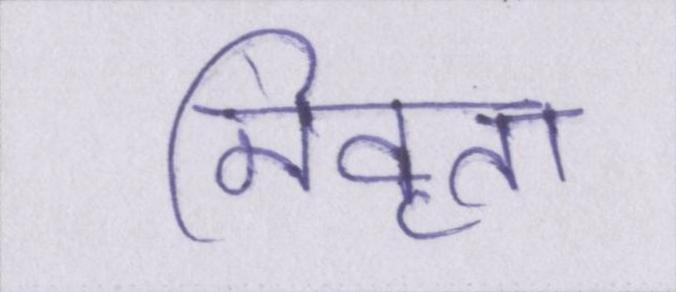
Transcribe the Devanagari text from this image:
निवृत्त